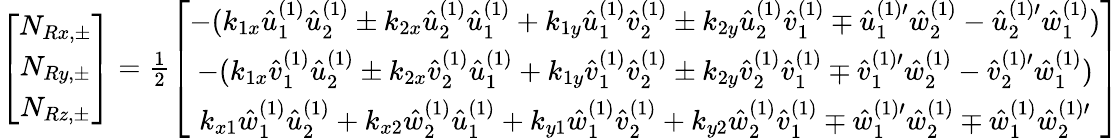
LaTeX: \begin{array}{r}{\left[\begin{array}{ccc}{N_{Rx,\pm}}\\ {N_{Ry,\pm}}\\ {N_{Rz,\pm}}\end{array}\right]=\frac 12\left[\begin{array}{ccc}{-(k_{1x}\hat{u}_{1}^{(1)}\hat{u}_{2}^{(1)}\pm k_{2x}\hat{u}_{2}^{(1)}\hat{u}_{1}^{(1)}+k_{1y}\hat{u}_{1}^{(1)}\hat{v}_{2}^{(1)}\pm k_{2y}\hat{u}_{2}^{(1)}\hat{v}_{1}^{(1)}\mp\hat{u}_{1}^{(1)\prime}\hat{w}_{2}^{(1)}-\hat{u}_{2}^{(1)\prime}\hat{w}_{1}^{(1)})}\\ {-(k_{1x}\hat{v}_{1}^{(1)}\hat{u}_{2}^{(1)}\pm k_{2x}\hat{v}_{2}^{(1)}\hat{u}_{1}^{(1)}+k_{1y}\hat{v}_{1}^{(1)}\hat{v}_{2}^{(1)}\pm k_{2y}\hat{v}_{2}^{(1)}\hat{v}_{1}^{(1)}\mp\hat{v}_{1}^{(1)\prime}\hat{w}_{2}^{(1)}-\hat{v}_{2}^{(1)\prime}\hat{w}_{1}^{(1)})}\\ {k_{x1}\hat{w}_{1}^{(1)}\hat{u}_{2}^{(1)}+k_{x2}\hat{w}_{2}^{(1)}\hat{u}_{1}^{(1)}+k_{y1}\hat{w}_{1}^{(1)}\hat{v}_{2}^{(1)}+k_{y2}\hat{w}_{2}^{(1)}\hat{v}_{1}^{(1)}\mp\hat{w}_{1}^{(1)\prime}\hat{w}_{2}^{(1)}\mp\hat{w}_{1}^{(1)}\hat{w}_{2}^{(1)\prime}}\end{array}\right]}\end{array}